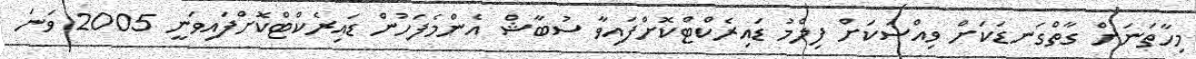
މިހާތަނަށް ގާތްގަނޑަކަށް ވިއްސަކަށް ފިލްމު ޑައިރެކްޓްކޮށްފައިވާ ސުބާޝް އެންމެފަހުން ޑައިރެކްޓްކޮށްފައިވަނީ 2005 ވަނަ